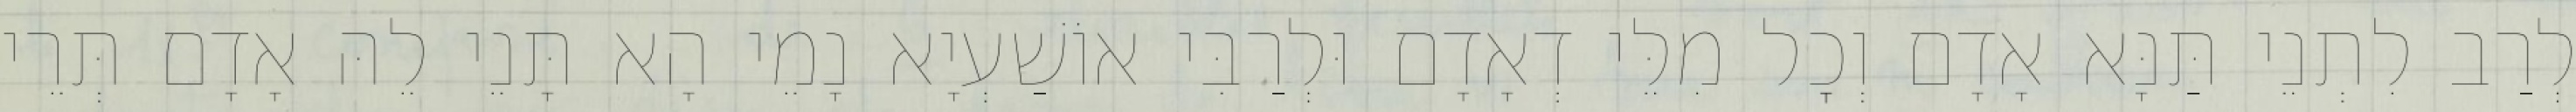
לְרַב לִתְנֵי תַּנָּא אָדָם וְכׇל מִלֵּי דְאָדָם וּלְרַבִּי אוֹשַׁעְיָא נָמֵי הָא תָּנֵי לֵהּ אָדָם תְּרֵי